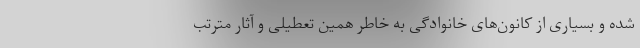
شده و بسیاری از کانون‌های خانوادگی به خاطر همین تعطیلی و آثار مترتب